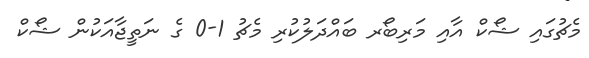
މެޗުގައި ޝޯކް އާއި މަރިބޯރ ބައްދަލުކުރި މެޗު 1-0 ގެ ނަތީޖާއަކުން ޝޯކް